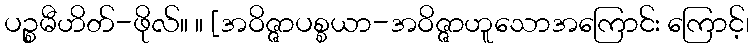
ပဉ္စမီဟိတ်-ဖိုလ်။ ။ [အဝိဇ္ဇာပစ္စယာ-အဝိဇ္ဇာဟူသောအကြောင်း ကြောင့်၊